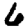
Digit: 6